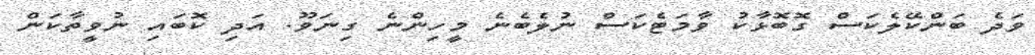
ވަދެ ބަންކޭލެކަސް ގޮބޮޅާކު ވާމަޓެކަސް ނުލެބެނެ މީހިންނެ ގިނަވޫ. އަދި ކޮބައި ނުވީތާކަން